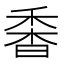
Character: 𩠼